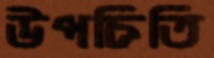
উপচিতি